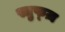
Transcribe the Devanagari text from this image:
स्तुफ्ज़